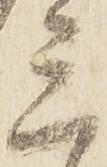
三